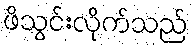
ဖိသွင်းလိုက်သည်